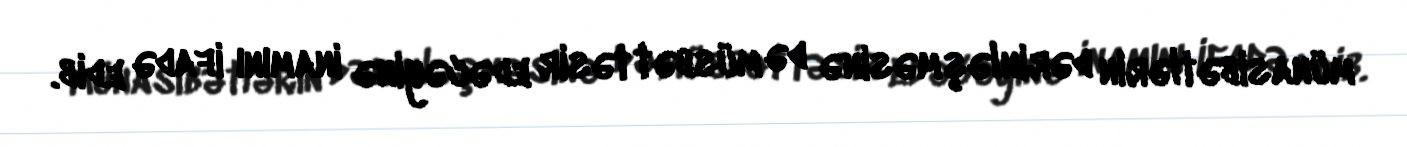
münasibətlərin dərinləşməsinə də müsbət təsir edəcəyinə inamını ifadə edib.